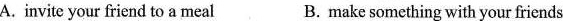
A. invite your friend to a meal B.make something with your friends